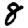
Digit: 8